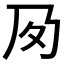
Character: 𡕔